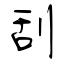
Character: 刮